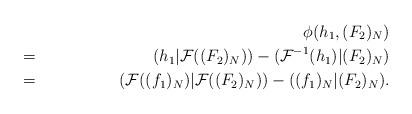
LaTeX: \begin{align*}&&\phi(h_1,(F_{2})_{N})\\&=&(h_{1}|\mathcal{F}((F_{2})_{N}))-(\mathcal{F}^{-1}(h_{1})|(F_{2})_{N})\\&=&(\mathcal{F}((f_{1})_{N})|\mathcal{F}((F_{2})_{N}))-((f_{1})_{N}|(F_{2})_{N}).\end{align*}